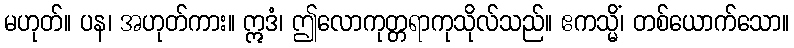
မဟုတ်။ ပန၊ အဟုတ်ကား။ ဣဒံ၊ ဤလောကုတ္တရာကုသိုလ်သည်။ ဧကသ္မိံ၊ တစ်ယောက်သော။